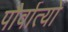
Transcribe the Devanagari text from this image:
पौर्वात्यों